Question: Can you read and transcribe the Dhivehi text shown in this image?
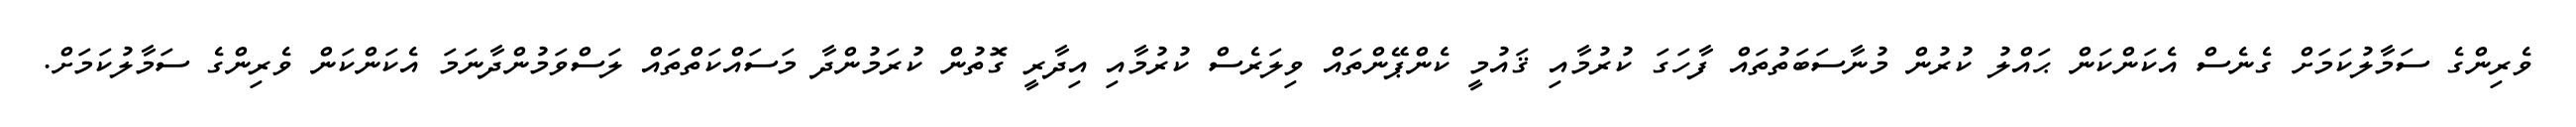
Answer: ވެރިންގެ ސަމާލުކަމަށް ގެނެސް އެކަންކަން ޙައްލު ކުރުން މުނާސަބަތުތައް ފާހަގަ ކުރުމާއި ޤައުމީ ކެންޕޭންތައް ވިލަރެސް ކުރުމާއި އިދާރީ ގޮތުން ކުރަމުންދާ މަސައްކަތްތައް ލަސްވަމުންދާނަމަ އެކަންކަން ވެރިންގެ ސަމާލުކަމަށް.